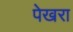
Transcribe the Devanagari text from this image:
पेखरा